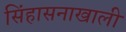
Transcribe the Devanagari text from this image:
सिंहासनाखाली